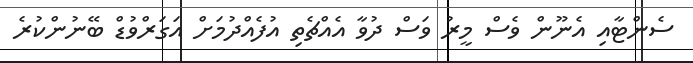
ސެންޓާއި އެނޫން ވެސް މީރު ވަސް ދުވާ އެއްޗެތި އުފެއްދުމަށް އަގަރްވުޑް ބޭނުންކުރެ